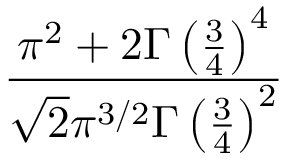
\frac { \pi ^ { 2 } + 2 \Gamma \left( { \frac { 3 } { 4 } } \right) ^ { 4 } } { { \sqrt { 2 } } \pi ^ { 3 / 2 } \Gamma \left( { \frac { 3 } { 4 } } \right) ^ { 2 } }